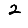
Digit: 2